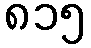
၈၁၅